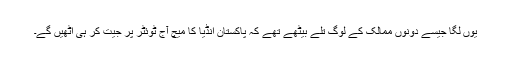
یوں لگا جیسے دونوں ممالک کے لوگ تلے بیٹھے تھے کہ پاکستان انڈیا کا میچ آج ٹوئٹر پر جیت کر ہی اٹھیں گے۔